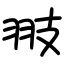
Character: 翄